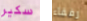
سكير رفقاء